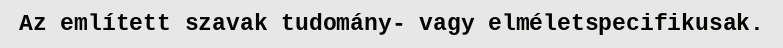
Az említett szavak tudomány- vagy elméletspecifikusak.